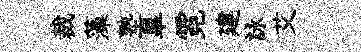
裁藻塾臯霓建詠艾